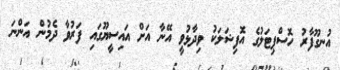
އުނގޫފާރު ހޮސްޕިޓަލުގެ އޮފިޝަލަކު ވިދާޅުވީ އޭނާ އަށް އައިސީޔޫގައި ފަރުވާ ދެމުން އަންނަ